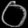
Digit: ၀